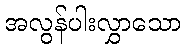
အလွန်ပါးလွှာသော